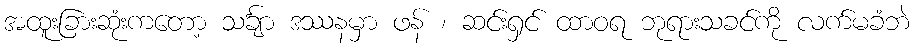
အထူးခြားဆုံးကတော့ သင်္ချာ ဒဿနမှာ ဖန် ၊ ဆင်းရှင် ထာဝရ ဘုရားသခင်ကို လက်မခံဘဲ